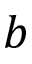
b